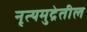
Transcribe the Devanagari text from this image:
नृत्यमुद्रेतील